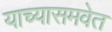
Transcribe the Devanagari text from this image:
याच्यासमवेत